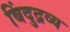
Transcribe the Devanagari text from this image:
बिंदुद्रव्य